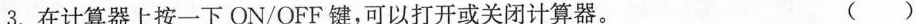
3.在计算器上按一下ON/OFF键，可以打开或关闭计算器。 ( )